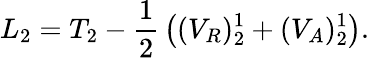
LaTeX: L_{2}=T_{2}-{\frac{1}{2}}\left((V_{R})_{2}^{1}+(V_{A})_{2}^{1}\right).